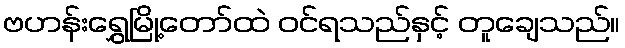
ဗဟန်းရွှေမြို့တော်ထဲ ဝင်ရသည်နှင့် တူချေသည်။